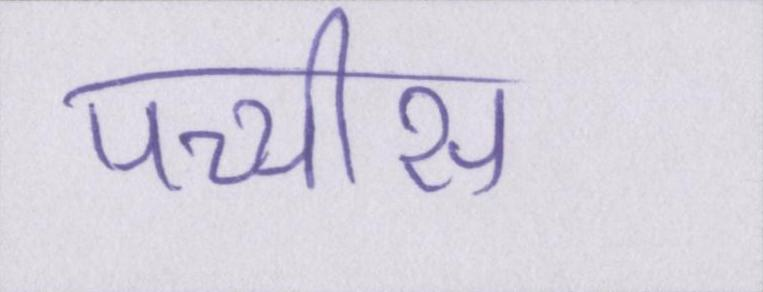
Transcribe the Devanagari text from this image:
पच्चीस